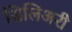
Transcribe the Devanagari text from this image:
सिलिअरी